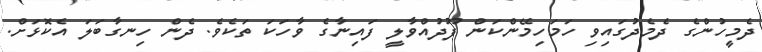
ދެމީހުންގެ ދެމެދުގައިވި ހަމަހިމޭންކަން ފޫދުއްވާލީ ފައިނާގެ ވާހަކަ ތަކެވެ. ދެން ހިނގާބަލަ އެކޮޅަށް.